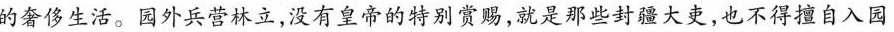
的奢侈生活。园外兵营林立，没有皇帝的特别赏赐，就是那些封疆大吏，也不得擅自入园